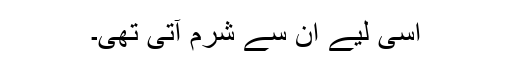
اسی لیے ان سے شرم آتی تھی۔